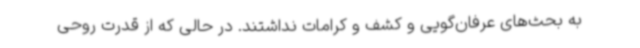
به بحث‌های عرفان‌گویی و کشف و کرامات نداشتند. در حالی که از قدرت روحی